Scottish Leaving Certificate Examination, 1951
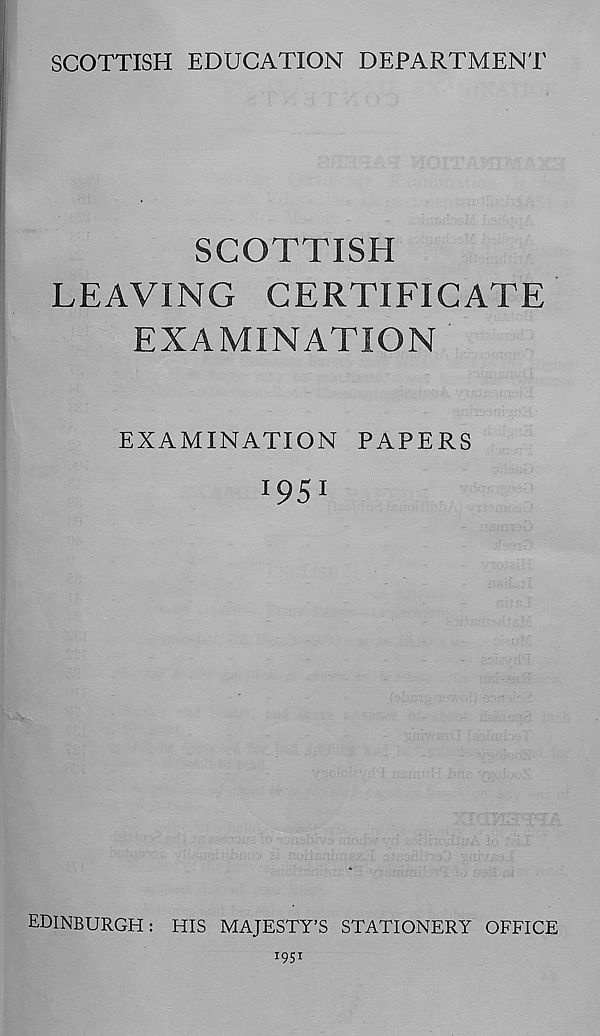
SCOTTISH EDUCATION DEPARTMENT
SCOTTISH
LEAVING CERTIFICATE
EXAMINATION
EXAMINATION PAPERS
I9SI
EDINBURGH: HIS MAJESTY’S STATIONERY OFFICE